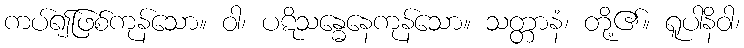
ကပ်၍ဖြစ်ကုန်သော။ ဝါ၊ ပဋိသန္ဓေနေကုန်သော။ သတ္တာနံ၊ တို့၏။ ရူပါနိဝါ၊